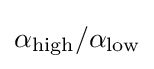
\alpha _{\text{high}}/\alpha _{\text{low}}